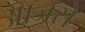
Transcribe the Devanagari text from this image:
आजसे